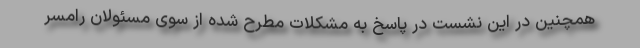
همچنین در این نشست در پاسخ به مشکلات مطرح شده از سوی مسئولان رامسر